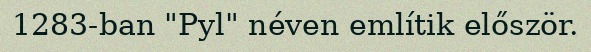
1283-ban "Pyl" néven említik először.